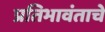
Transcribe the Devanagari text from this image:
प्रतिभावंताचे